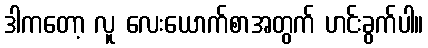
ဒါကတော့ လူ လေးယောက်စာအတွက် ဟင်းခွက်ပါ။